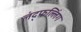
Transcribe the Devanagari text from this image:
लंद्फल्लिंग